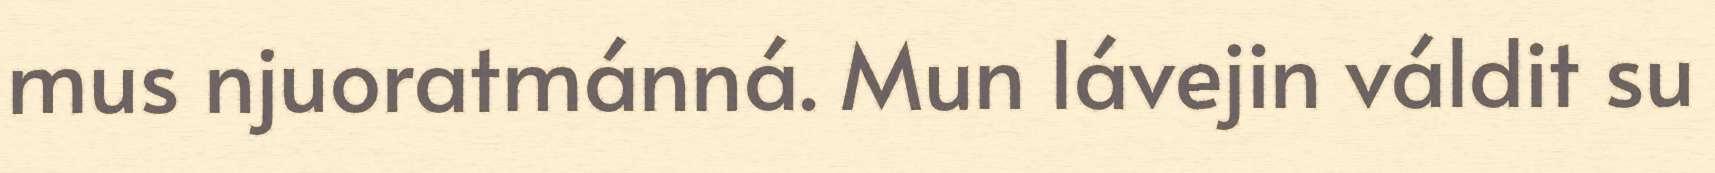
mus njuoratmánná. Mun lávejin váldit su